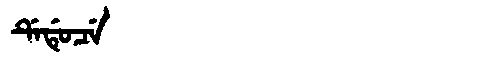
Manchu: ᡩᡝᡩᡠᠴᡝ
Romanization: DEDUCE